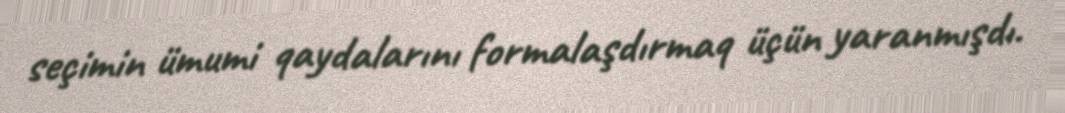
seçimin ümumi qaydalarını formalaşdırmaq üçün yaranmışdı.